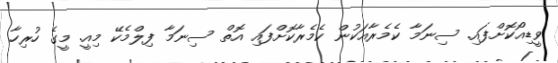
ވީޑިއޯކޮށްފައި. ސިނަމާ ކެމެރާއަކުން ކެމެރާކޮށްފައި އޮތް ސިނަމާ ފިލްމެކޭ މިއީ. މީގެ ހުރިހާ